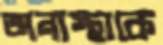
অনাস্থাকে